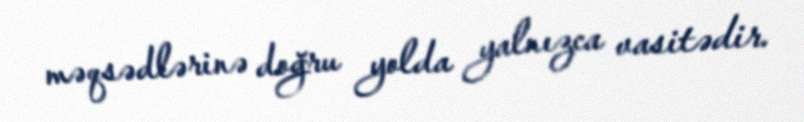
məqsədlərinə doğru yolda yalnızca vasitədir.